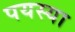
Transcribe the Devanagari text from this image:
पयस्या